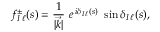
f _ { { I \, \ell } } ^ { \pm } ( s ) = { \frac { 1 } { \vert \vec { k } \vert } } \ e \, ^ { i \delta _ { I \, \ell } ( s ) } \ \sin \delta _ { I \, \ell } ( s ) ,